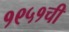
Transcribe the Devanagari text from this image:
१९५१ची